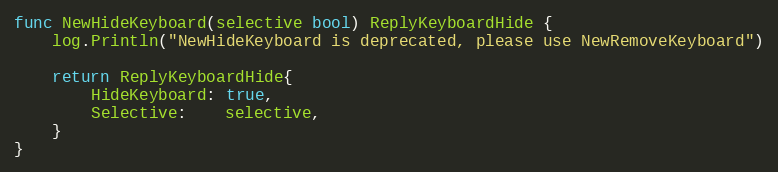
Language: Go
func NewHideKeyboard(selective bool) ReplyKeyboardHide {
	log.Println("NewHideKeyboard is deprecated, please use NewRemoveKeyboard")

	return ReplyKeyboardHide{
		HideKeyboard: true,
		Selective:    selective,
	}
}